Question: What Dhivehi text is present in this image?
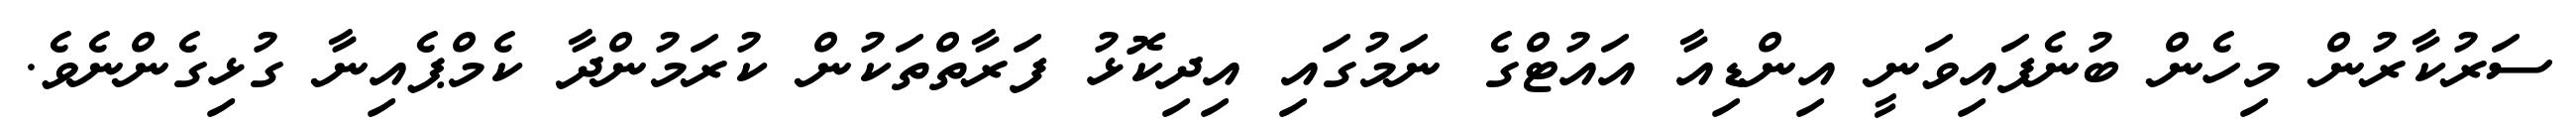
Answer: ސަރުކާރުން މިހެން ބުނެފައިވަނީ އިންޑިއާ އައުޓްގެ ނަމުގައި އިދިކޮޅު ފަރާތްތަކުން ކުރަމުންދާ ކެމްޕެއިނާ ގުޅިގެންނެވެ.